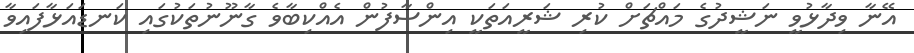
އޭނާ ވިދާޅުވީ ނަޝީދުގެ މައްޗަށް ކުރި ޝަރީއަތަކީ އިންސާފުން އެއްކިބާވެ ގާނޫނުތަކުގައި ކަނޑައަޅާފައިވާ